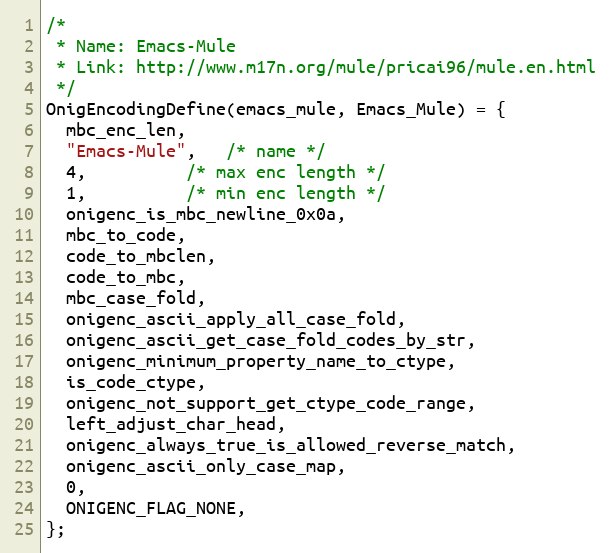
Language: C
/*
 * Name: Emacs-Mule
 * Link: http://www.m17n.org/mule/pricai96/mule.en.html
 */
OnigEncodingDefine(emacs_mule, Emacs_Mule) = {
  mbc_enc_len,
  "Emacs-Mule",   /* name */
  4,          /* max enc length */
  1,          /* min enc length */
  onigenc_is_mbc_newline_0x0a,
  mbc_to_code,
  code_to_mbclen,
  code_to_mbc,
  mbc_case_fold,
  onigenc_ascii_apply_all_case_fold,
  onigenc_ascii_get_case_fold_codes_by_str,
  onigenc_minimum_property_name_to_ctype,
  is_code_ctype,
  onigenc_not_support_get_ctype_code_range,
  left_adjust_char_head,
  onigenc_always_true_is_allowed_reverse_match,
  onigenc_ascii_only_case_map,
  0,
  ONIGENC_FLAG_NONE,
};